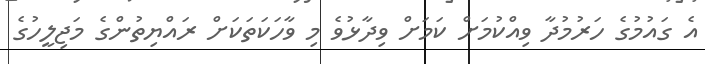
އެ ގައުމުގެ ހަރުމުދާ ވިއްކުމަށް ކަމަށް ވިދާޅުވެ މި ވާހަކަތަކަށް ރައްޔިތުންގެ މަޖިލީހުގެ